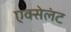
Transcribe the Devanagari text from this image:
एक्सेलंट